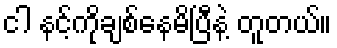
ငါ နင့်ကိုချစ်နေမိပြီနဲ့ တူတယ်။